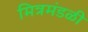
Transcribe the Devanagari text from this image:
मित्रमंडळी